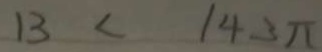
1 3 < 1 4 3 \pi